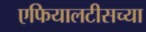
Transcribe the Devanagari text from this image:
एफियालटीसच्या